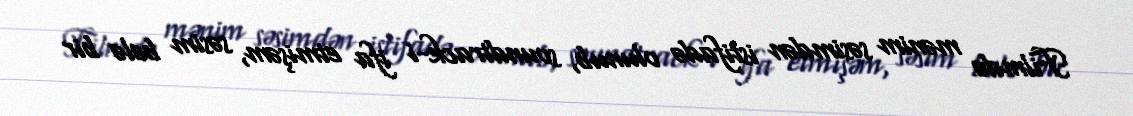
Filmdə mənim səsimdən istifadə olunub, soundtrack-i ifa etmişəm, səsim belə bir